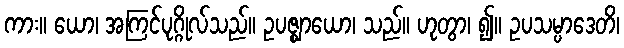
ကား။ ယော၊ အကြင်ပုဂ္ဂိုလ်သည်။ ဥပဇ္ဈာယော၊ သည်။ ဟုတွာ၊ ၍။ ဥပသမ္ပာဒေတိ၊